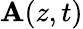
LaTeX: {\mathbf A}(z,t)